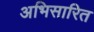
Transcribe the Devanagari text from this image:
अभिसारित